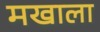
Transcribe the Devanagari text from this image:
मखाला